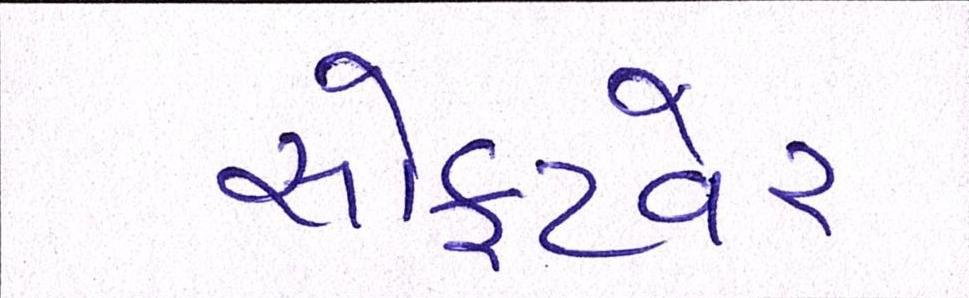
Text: સોફ્ટવેર